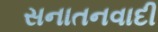
સનાતનવાદી